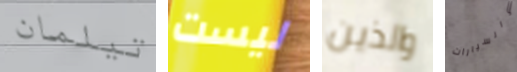
تيلمان ليست والذين والسيارات